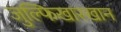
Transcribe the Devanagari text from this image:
जुल्फिखारखान